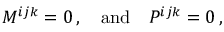
M ^ { i j k } = 0 \, , \quad \mathrm { a n d } \quad P ^ { i j k } = 0 \, ,